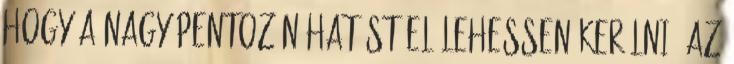
hogy a nagy pentozán hatást el lehessen kerülni, az